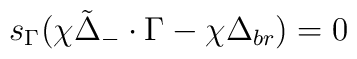
s_{\Gamma} \bigl(\chi {\tilde \Delta}_-   \cdot \Gamma -\chi \Delta_{br}\bigr)= 0